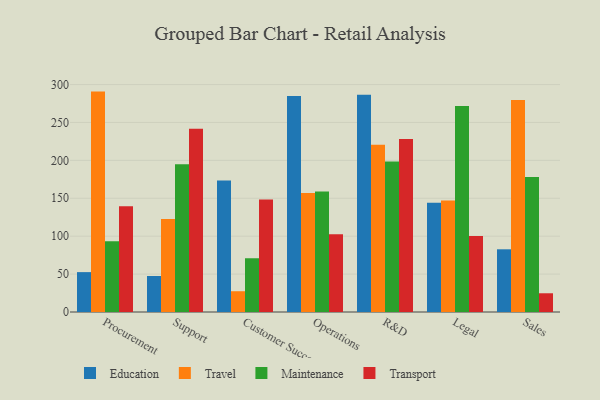
{"axis": {"x": "Department", "y": "Operating Costs (USD K)"}, "legend": ["Education", "Maintenance", "Transport", "Travel"], "data": [{"x": "Procurement", "y": 52.6, "type": "Education"}, {"x": "Procurement", "y": 290.7, "type": "Travel"}, {"x": "Procurement", "y": 93.3, "type": "Maintenance"}, {"x": "Procurement", "y": 139.4, "type": "Transport"}, {"x": "Support", "y": 47.5, "type": "Education"}, {"x": "Support", "y": 122.8, "type": "Travel"}, {"x": "Support", "y": 194.9, "type": "Maintenance"}, {"x": "Support", "y": 241.6, "type": "Transport"}, {"x": "Customer Success", "y": 173.3, "type": "Education"}, {"x": "Customer Success", "y": 27.4, "type": "Travel"}, {"x": "Customer Success", "y": 70.9, "type": "Maintenance"}, {"x": "Customer Success", "y": 148.5, "type": "Transport"}, {"x": "Operations", "y": 285.0, "type": "Education"}, {"x": "Operations", "y": 157.0, "type": "Travel"}, {"x": "Operations", "y": 158.9, "type": "Maintenance"}, {"x": "Operations", "y": 102.5, "type": "Transport"}, {"x": "R&D", "y": 286.4, "type": "Education"}, {"x": "R&D", "y": 220.5, "type": "Travel"}, {"x": "R&D", "y": 198.4, "type": "Maintenance"}, {"x": "R&D", "y": 228.2, "type": "Transport"}, {"x": "Legal", "y": 144.0, "type": "Education"}, {"x": "Legal", "y": 147.0, "type": "Travel"}, {"x": "Legal", "y": 271.6, "type": "Maintenance"}, {"x": "Legal", "y": 100.1, "type": "Transport"}, {"x": "Sales", "y": 82.7, "type": "Education"}, {"x": "Sales", "y": 279.6, "type": "Travel"}, {"x": "Sales", "y": 178.2, "type": "Maintenance"}, {"x": "Sales", "y": 24.7, "type": "Transport"}]}